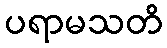
ပရာမသတိ